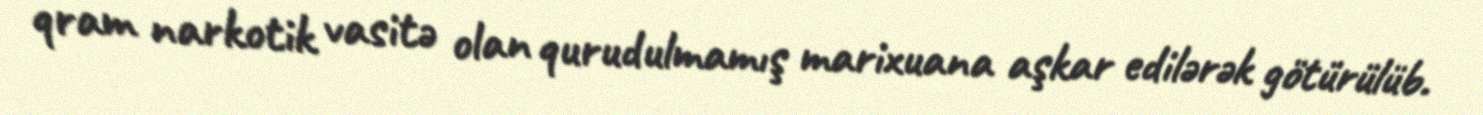
qram narkotik vasitə olan qurudulmamış marixuana aşkar edilərək götürülüb.